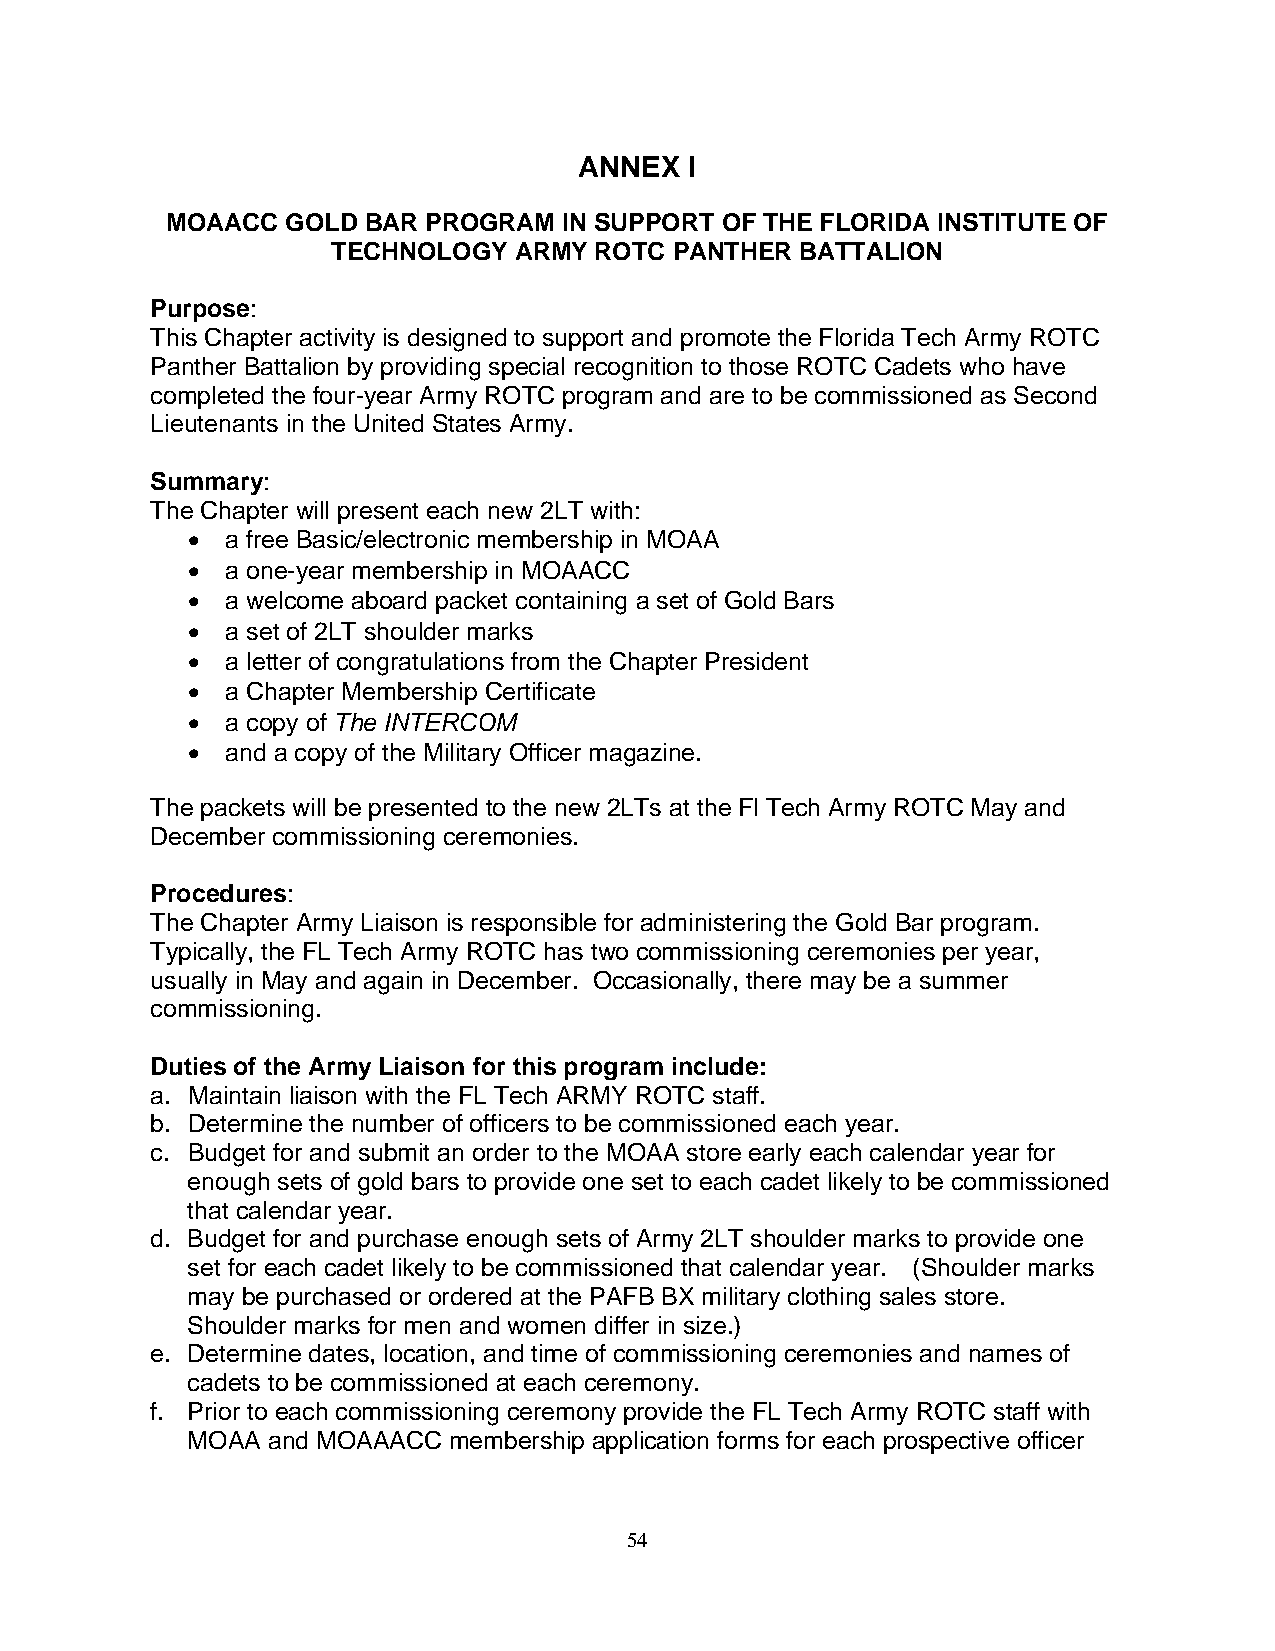
ANNEX   I
 MOAACC  GOLD BAR PROGRAM  IN SUPPORT OF THE FLORIDA INSTITUTE OF
 TECHNOLOGY  ARMY ROTC  PANTHER BATTALION
 Purpose:
 This Chapter activity is designed to support and promote the Florida Tech Army ROTC
 Panther Battalion by providing special recognition to those ROTC Cadets who have
 completed the four-year Army ROTC program and are to be commissioned as Second
 Lieutenants in the United States Army.
 Summary:
 The Chapter will present each new 2LT with:
 •  a free Basic/electronic membership in MOAA
 •  a one-year membership in MOAACC
 •  a welcome aboard packet containing a set of Gold Bars
 •  a set of 2LT shoulder marks
 •  a letter of congratulations from the Chapter President
 •  a Chapter Membership Certificate
 •  a copy of The INTERCOM
 •  and a copy of the Military Officer magazine.
 The packets will be presented to the new 2LTs at the Fl Tech Army ROTC May and
 December commissioning ceremonies.
 Procedures:
 The Chapter Army Liaison is responsible for administering the Gold Bar program.
 Typically, the FL Tech Army ROTC has two commissioning ceremonies per year,
 usually in May and again in December. Occasionally, there may be a summer
 commissioning.
 Duties of the Army Liaison for this program include:
 a. Maintain liaison with the FL Tech ARMY ROTC staff.
 b. Determine the number of officers to be commissioned each year.
 c. Budget for and submit an order to the MOAA store early each calendar year for
 enough sets of gold bars to provide one set to each cadet likely to be commissioned
 that calendar year.
 d. Budget for and purchase enough sets of Army 2LT shoulder marks to provide one
 set for each cadet likely to be commissioned that calendar year. (Shoulder marks
 may be purchased or ordered at the PAFB BX military clothing sales store.
 Shoulder marks for men and women differ in size.)
 e. Determine dates, location, and time of commissioning ceremonies and names of
 cadets to be commissioned at each ceremony.
 f. Prior to each commissioning ceremony provide the FL Tech Army ROTC staff with
 MOAA  and MOAAACC membership application forms for each prospective officer
 54